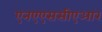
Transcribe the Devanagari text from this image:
एनएएससीएआर